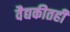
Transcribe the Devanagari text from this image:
वैद्यकीतही